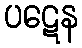
ပဋေန